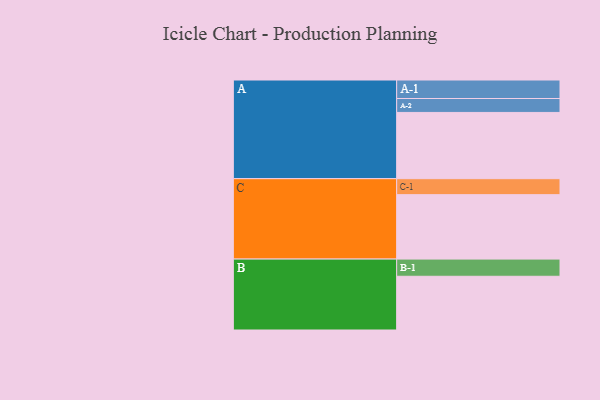
{"axis": {"x": "Segment", "y": "Value"}, "legend": ["", "A", "B", "C"], "data": [{"x": "A", "y": 551, "type": ""}, {"x": "B", "y": 447, "type": ""}, {"x": "C", "y": 536, "type": ""}, {"x": "A-1", "y": 154, "type": "A"}, {"x": "A-2", "y": 116, "type": "A"}, {"x": "B-1", "y": 143, "type": "B"}, {"x": "C-1", "y": 133, "type": "C"}]}